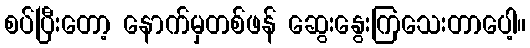
စပ်ပြီးတော့ နောက်မှတစ်ဖန် ဆွေးနွေးကြသေးတာပေါ့။